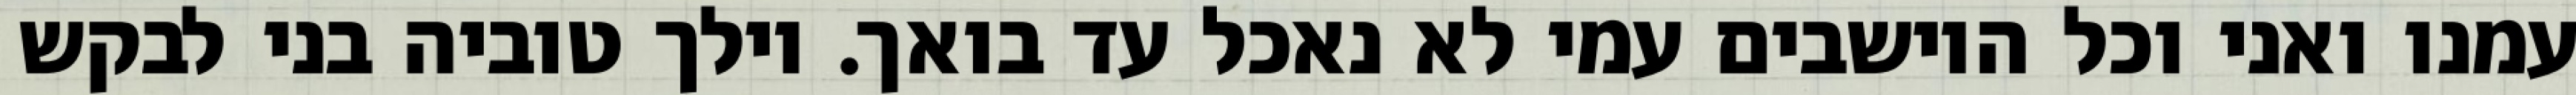
עמנו ואני וכל היושבים עמי לא נאכל עד בואך. וילך טוביה בני לבקש